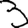
Digit: 3